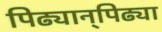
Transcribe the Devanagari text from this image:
पिढ्यान्‌पिढ्या